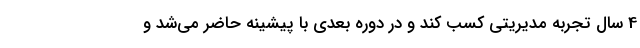
4 سال تجربه مدیریتی کسب کند و در دوره بعدی با پیشینه حاضر می‌شد و